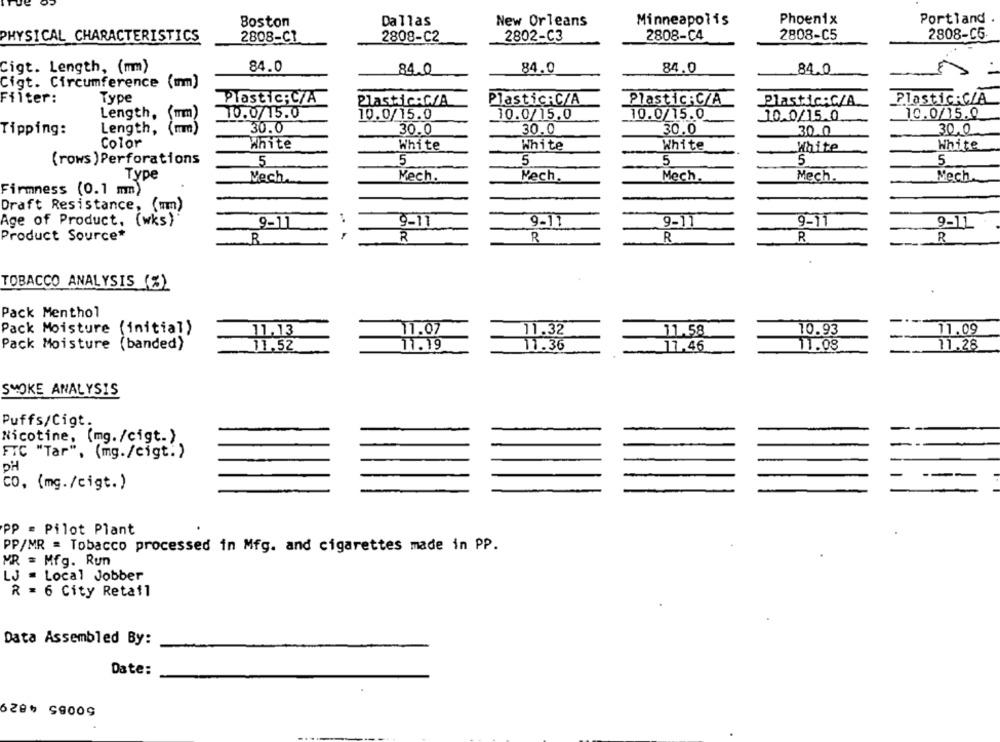
Boston
Dallas
New Orleans
Minneapolis
Phoenix
Portland
PHYSICAL CHARACTERISTICS
2808-C2
2802-C3
2808-C4
2808-C5
2808-CG-
2808-C1
Cigt. Length, (mm)
84.0
84.0
84.0
84.0
84.0
Cigt. Circumference (mm)
Filter:
Type
Plastic;C/A
Plastic:C/A
Plastic:C/A
Plastic:C/A
Plastic:C/A.
PlasticiCIA
Length,
10.0/15.0
10.0/15.0
10.0/15.0
10.0/15.0
10.0/15.0
10.0/15.0
Tipping:
Length
30.0
30.0
30.0
30.0
30.0
30.0
Color
White
White
White
White
White
White
(rows ) Perforations
5
5
5
5
5
5
Type
Mech.
Mech.
Kech,
Mech.
Mech.
Nech.
Firmness (0.1 mm)
Draft Resistance, (mm)
Age of Product, (wks)
9-11
9-11
9-11
9-11
9-11
9-11
Product Source*
R
R.
R
R
R
R
TOBACCO ANALYSIS (%)
Pack Menthol
Pack Moisture (initial)
11,13
11.07
11.32
11.58
10.93
11.09
Pack Moisture (banded)
11,52
11.19
11.36
17.46
11.08
11.28
SMOKE ANALYSIS
Puffs/Cigt.
Nicotine, (mg./cigt.)
FTC "Tar", (mg./cigt. )
PH
co, (mg./cigt.)
PP = Pilot Plant
PP/MR = Tobacco processed in Mfg. and cigarettes made in PP.
MR = Mfg. Run
LJ = Local Jobber
R = 6 City Retail
Data Assembled By:
Date:
50085 4829